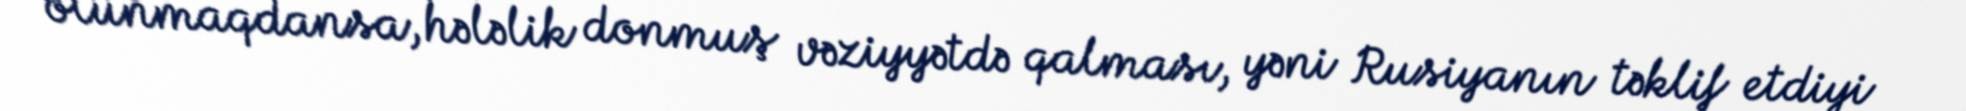
olunmaqdansa, hələlik donmuş vəziyyətdə qalması, yəni Rusiyanın təklif etdiyi